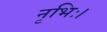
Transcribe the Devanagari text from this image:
नृभिः।